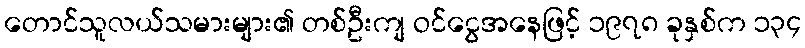
တောင်သူလယ်သမားများ၏ တစ်ဦးကျ ဝင်ငွေအနေဖြင့် ၁၉၇၈ ခုနှစ်က ၁၃၄